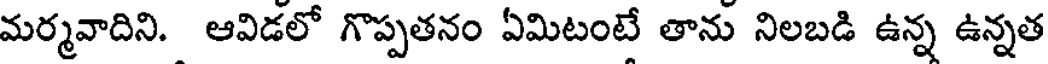
మర్మవాదిని. ఆవిడలో గొప్పతనం ఏమిటంటే తాను నిలబడి ఉన్న ఉన్నత